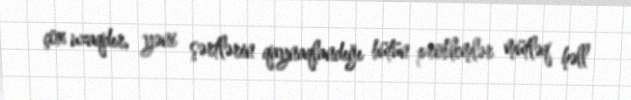
çox uzaqdır, yəni şərtlərin qaynaqlandığı bütün problemlər mütləq həll